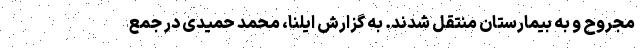
مجروح و به بیمارستان منتقل شدند. به گزارش ایلنا، محمد حمیدی در جمع